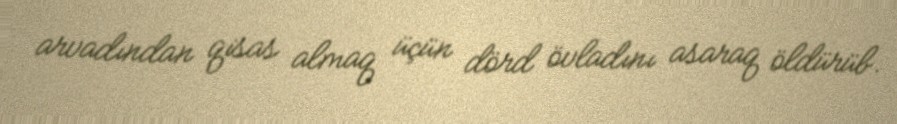
arvadından qisas almaq üçün dörd övladını asaraq öldürüb.